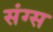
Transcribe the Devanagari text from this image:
संग्स